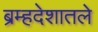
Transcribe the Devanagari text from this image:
ब्रम्हदेशातले